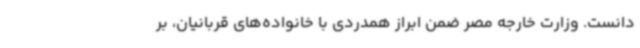
دانست. وزارت خارجه مصر ضمن ابراز همدردی با خانواده‌های قربانیان، بر